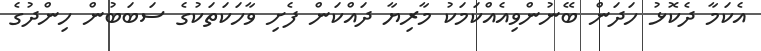
އެކަމާ ދެކޮޅު ހަދަން ބޭނުންވިއެއްކަމަކު މާރިޔާ ދައްކަން ފެށި ވާހަކަތަކުގެ ސަބަބުން ހިންދުގެ